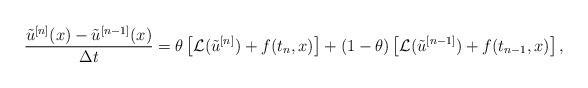
LaTeX: \begin{align*} \frac{\tilde{u}^{[n]} (x)-\tilde{u}^{[n-1]} (x)}{\Delta t} = \theta \left[\mathcal{L}(\tilde{u}^{[n]}) + f(t_n,x)\right] + (1-\theta)\left[ \mathcal{L}(\tilde{u}^{[n-1]}) + f(t_{n-1},x) \right],\end{align*}